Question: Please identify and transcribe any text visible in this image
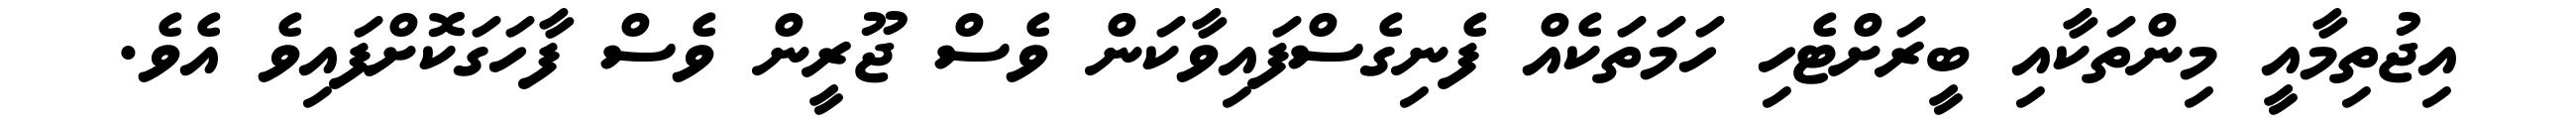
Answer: އިޖުތިމާއީ މިންތަކާއި ބީރަށްޓެހި ހަމަތަކެއް ފެނިގެސްފައިވާކަން ވެސް ޖޫރީން ވެސް ފާހަގަކޮށްފައިވެ އެވެ.